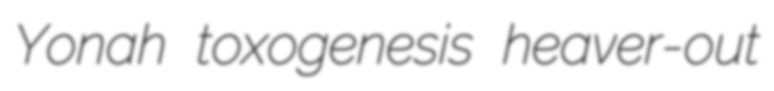
Yonah toxogenesis heaver-out